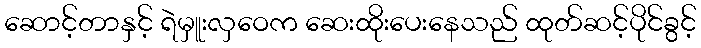
ဆောင့်တာနှင့် ရဲမှူးလှဝေက ဆေးထိုးပေးနေသည် ထုတ်ဆင့်ပိုင်ခွင့်